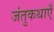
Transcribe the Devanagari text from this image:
जंतुकथाएँ